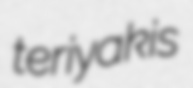
teriyakis